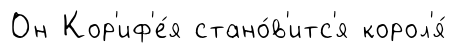
Он Кор'иф'е́я стано́в'итс'я корол'я́